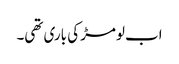
اب لومڑ کی باری تھی۔